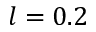
l = 0 . 2